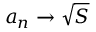
a _ { n } \rightarrow { \sqrt { S } }